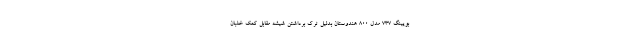
بویینگ ٧٣٧ مدل ٨٠٠ هندوستان بدلیل ترک برداشتن شیشه مقابل کمک خلبان